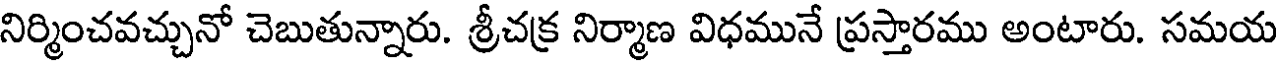
నిర్మించవచ్చునో చెబుతున్నారు. శ్రీచక్ర నిర్మాణ విధమునే ప్రస్తారము అంటారు. సమయ